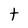
Character: t